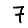
Digit: 7